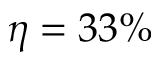
\eta = 3 3 \%